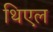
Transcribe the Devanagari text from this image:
थिएल